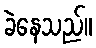
ခဲနေသည်။